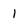
Character: 1